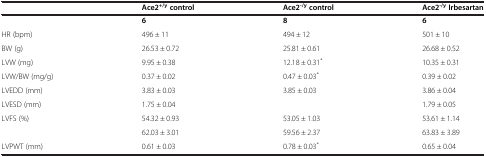
<table><thead><tr><td>[EMPTY_CELL]</td><td><b>Ace2<sup>+/y </sup>control</b></td><td><b>Ace2<sup>-/y </sup>control</b></td><td><b>Ace2<sup>-/y </sup>Irbesartan</b></td></tr></thead><tbody><tr><td>[EMPTY_CELL]</td><td><b>6</b></td><td><b>8</b></td><td><b>6</b></td></tr><tr><td>HR (bpm)</td><td>496 ± 11</td><td>494 ± 12</td><td>501 ± 10</td></tr><tr><td>BW (g)</td><td>26.53 ± 0.72</td><td>25.81 ± 0.61</td><td>26.68 ± 0.52</td></tr><tr><td>LVW (mg)</td><td>9.95 ± 0.38</td><td>12.18 ± 0.31<sup>*</sup></td><td>10.35 ± 0.31</td></tr><tr><td>LVW/BW (mg/g)</td><td>0.37 ± 0.02</td><td>0.47 ± 0.03<sup>*</sup></td><td>0.39 ± 0.02</td></tr><tr><td>LVEDD (mm)</td><td>3.83 ± 0.03</td><td>3.85 ± 0.03</td><td>3.86 ± 0.04</td></tr><tr><td>LVESD (mm)</td><td>1.75 ± 0.04</td><td>[EMPTY_CELL]</td><td>1.79 ± 0.05</td></tr><tr><td>LVFS (%)</td><td>54.32 ± 0.93</td><td>53.05 ± 1.03</td><td>53.61 ± 1.14</td></tr><tr><td>[EMPTY_CELL]</td><td>62.03 ± 3.01</td><td>59.56 ± 2.37</td><td>63.83 ± 3.89</td></tr><tr><td>LVPWT (mm)</td><td>0.61 ± 0.03</td><td>0.78 ± 0.03<sup>*</sup></td><td>0.65 ± 0.04</td></tr></tbody></table>